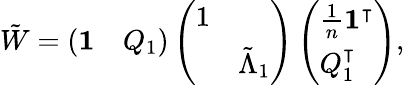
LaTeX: \begin{array}{r}{\tilde{W}=\left(\begin{array}{ll}{\mathbf{1}}&{Q_{1}}\end{array}\right)\left(\begin{array}{ll}{1}&\\ &{\tilde{\Lambda}_{1}}\end{array}\right)\left(\begin{array}{l}{\frac{1}{n}\mathbf{1}^{\intercal}}\\ {Q_{1}^{\intercal}}\end{array}\right),}\end{array}